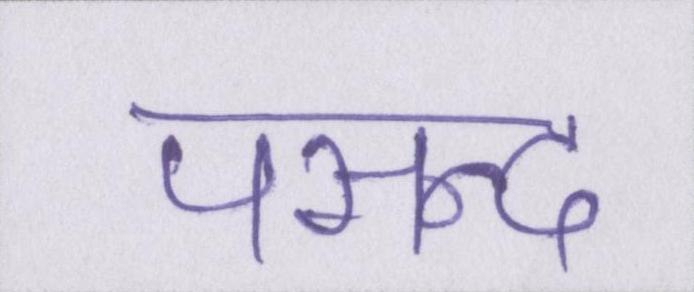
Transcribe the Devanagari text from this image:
पसन्द